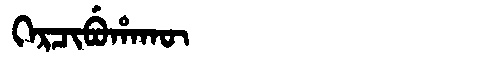
Manchu: ᡴᡝᡵᠴᡳᠪᡠᡥᠠᡴᡡ
Romanization: KERCIBUHAKŪ